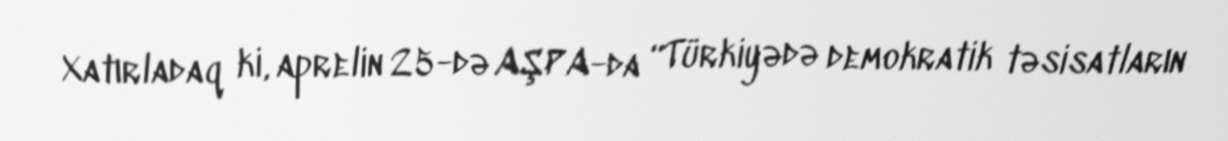
Xatırladaq ki, aprelin 25-də AŞPA-da “Türkiyədə demokratik təsisatların